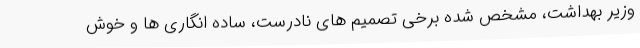
وزیر بهداشت، مشخص شده برخی تصمیم های نادرست، ساده انگاری ها و خوش